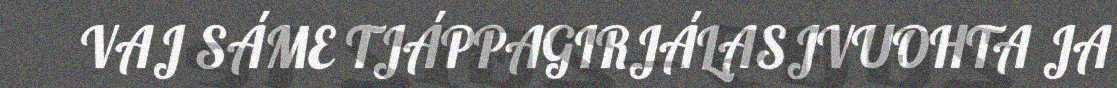
VAJ SÁME TJÁPPAGIRJÁLASJVUOHTA JA